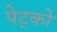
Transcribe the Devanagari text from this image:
पेट्को